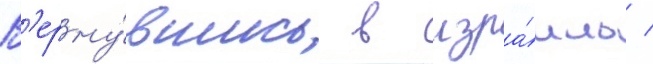
В'ерну́вшись в изра́иль /